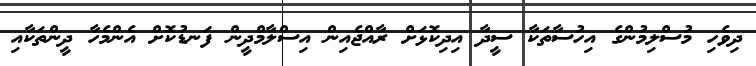
ދިވެހި މުސްލިމުންގެ އިހުސާތަކާ ސީދާ އިދިކޮޅަށް ރާއްޖެއިން އިސްލާމްދީން ފަނޑުކޮށް އެންމެހާ ދީންތަކާއި